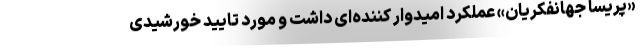
«پریسا جهانفکریان» عملکرد امیدوار کننده‌ای داشت و مورد تایید خورشیدی